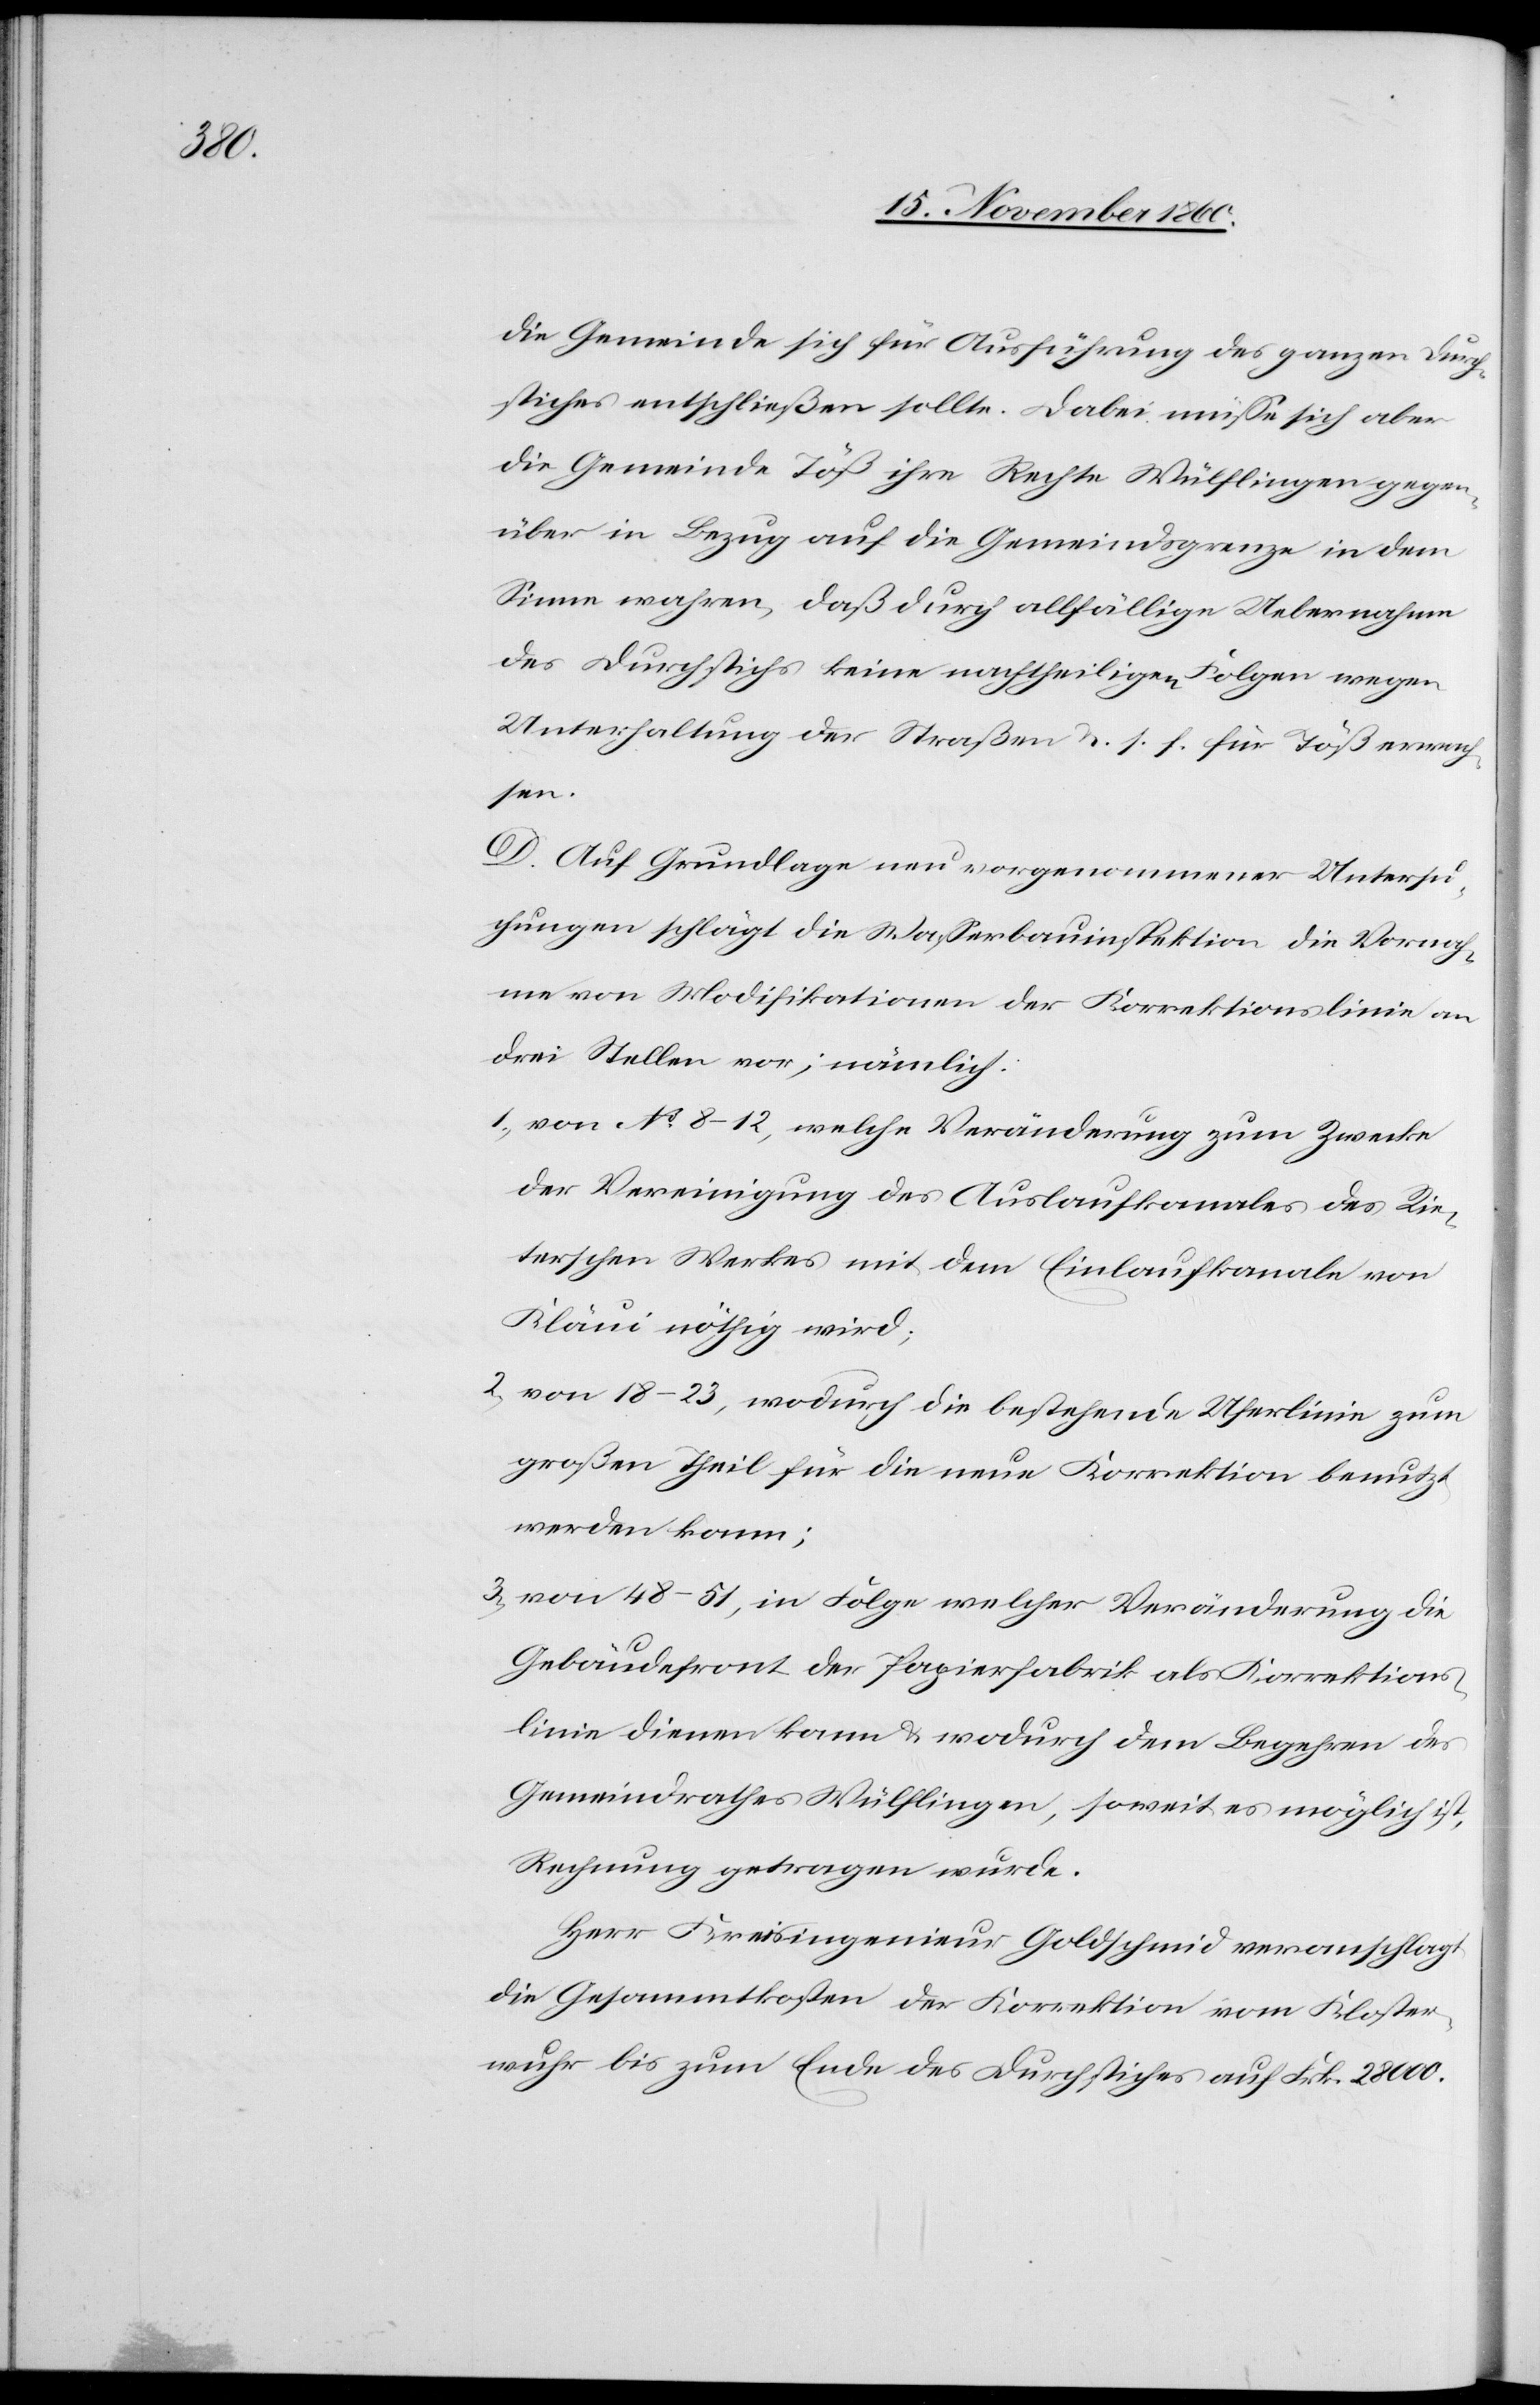
die Gemeinde sich für Ausführung des ganzen Durch¬
stiches entschließen sollte. Dabei müsse sich aber
die Gemeinde Töß ihre Rechte Wülflingen gegen¬
über in Bezug auf die Gemeindsgrenze in dem
Sinne wahren, daß durch allfällige Uebernahme
des Durchstiches keine nachtheiligen Folgen wegen
Unterhaltung der Straßen u. s. f. für Töß erwach¬
sen.
D. Auf Grundlage neu vorgenommener Untersu¬
chungen schlägt die Wasserbauinspektion die Vornah¬
me von Modifikationen der Korrektionslinie an
drei Stellen vor; nämlich:
1) von No 8–12, welche Veränderung zum Zwecke
der Vereinigung des Auslaufkanales des Rie¬
terschen Werkes mit dem Einlaufkanale von
Kläui nöthig wird.
2) von 18–23, wodurch die bestehende Uferlinie zum
großen Theil für die neue Korrektion benutzt
werden kann;
3) von 48–51, in Folge welcher Veränderung die
Gebäudefront der Papierfabrik als Korrektions¬
linie dienen kann u. wodurch dem Begehren des
Gemeindrathes Wülflingen, soweit es möglich ist,
Rechnung getragen wurde.
Herr Kreisingenieur Goldschmid veranschlagt
die Gesammtkosten der Korrektion vom Kloster¬
wuhr bis zum Ende des Durchstiches auf Frk. 28 000.